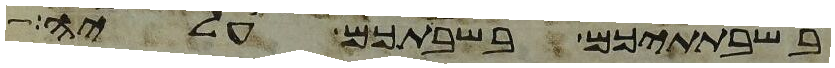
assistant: בשבתתיכם בשבתכם עליה